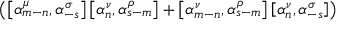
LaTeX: \left( \left[ { \alpha } _ { m - n } ^ { \mu } , { \alpha } _ { - s } ^ { \sigma } \right] \left[ { \alpha } _ { n } ^ { \nu } , { \alpha } _ { s - m } ^ { \rho } \right] + \left[ { \alpha } _ { m - n } ^ { \nu } , { \alpha } _ { s - m } ^ { \rho } \right] \left[ { \alpha } _ { n } ^ { \nu } , { \alpha } _ { - s } ^ { \sigma } \right] \right)